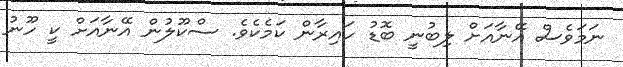
ނަމަވެސް އޭނާއަށް ލިބުނީ ބޮޑު ހައިރާން ކަމެކެވެ. ސްކޫލުން އޭނާއަށް ކީ ހޫނު